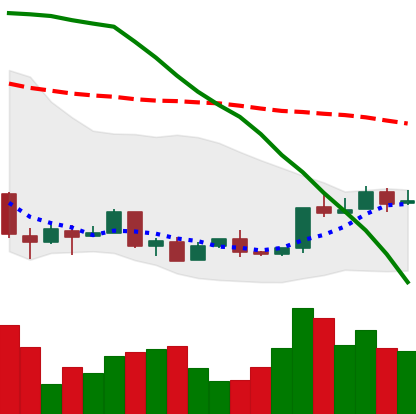
Ticker: XMR-USD
Chart end date: 2018-04-17
Forward return: 38.596%
Label: up_7plus